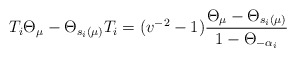
\begin{align*} T_i \Theta_\mu - \Theta_{s_i(\mu)}T_i = (v^{-2} - 1) \frac{\Theta_{\mu} -\Theta_{s_i(\mu)}}{1 - \Theta_{-\alpha_i}} \end{align*}